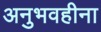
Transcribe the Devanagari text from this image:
अनुभवहीना